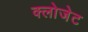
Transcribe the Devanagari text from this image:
क्लोजेट